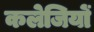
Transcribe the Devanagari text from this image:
कलेजियों